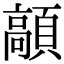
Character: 䯪